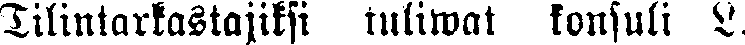
Tilintarkastajiksi tuliwat konsuli L.